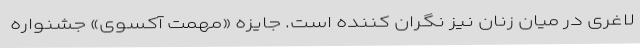
لاغری در میان زنان نیز نگران کننده است. جایزه «مهمت آکسوی» جشنواره